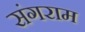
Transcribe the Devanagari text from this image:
संगराम